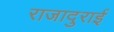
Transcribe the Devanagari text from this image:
राजादुराई